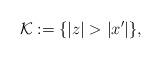
LaTeX: \begin{align*}\mathcal{K} := \{ |z| > |x'| \},\end{align*}